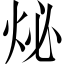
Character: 𤇩